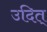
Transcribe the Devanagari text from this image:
उदित्